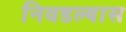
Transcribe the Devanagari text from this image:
निवडल्यास